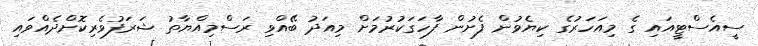
ސީއެސްޓީއައި ގެ މިއަހަރުގެ ކިޔެވުން ފެށުން ފާހަގަކުރުމަށް މިއަދު ބޭއްވި ރަސްމިއްޔާތު ޝަރަފުވެރިކޮށްދެއްވައި